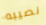
نصيبه